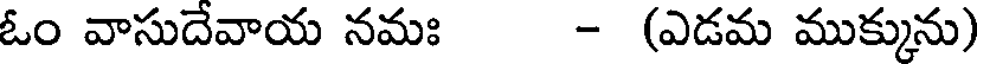
ఓం వాసుదేవాయ నమః - (ఎడమ ముక్కును)